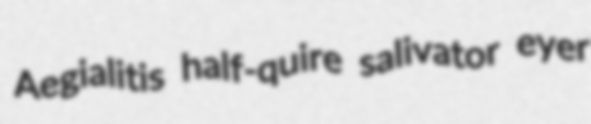
Aegialitis half-quire salivator eyer